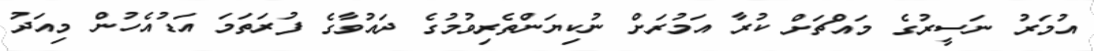
އުމަރު ނަސީރުގެ މައްޗަށް ކުރާ އަމުރަށް ނުކިޔަންތެރިވުމުގެ ދައުވާގެ ފުރަތަމަ އަޑުއެހުން މިއަދު